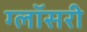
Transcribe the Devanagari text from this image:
ग्लॉसरी